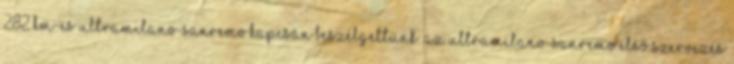
282 km-es UltraMilano-Sanremo kapcsán beszélgettünk. Az UltraMilano-Sanremo első szervezés